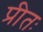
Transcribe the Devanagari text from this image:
प्रीतः